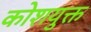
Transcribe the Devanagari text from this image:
कोशयुक्त